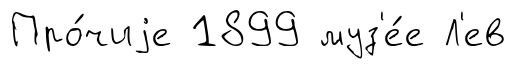
Про́чиjе 1899 муз'е́е Л'ев